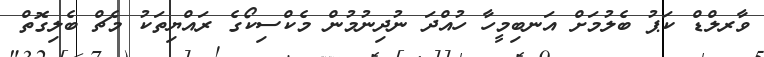
ވާރލްޑް ކަޕު ބެލުމަށް އަނބިމީހާ ހުއްދަ ނުދިނުމުން މެކްސިކޯގެ ރައްޔިތަކު މެޗް ބެލިގޮތް